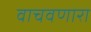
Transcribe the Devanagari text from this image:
वाचवणारा